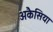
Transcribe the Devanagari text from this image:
अकैसिया